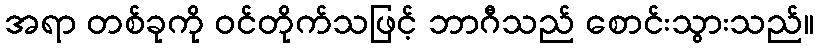
အရာ တစ်ခုကို ဝင်တိုက်သဖြင့် ဘာဂီသည် စောင်းသွားသည်။